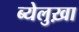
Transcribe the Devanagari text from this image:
ब्येलुख़ा